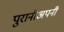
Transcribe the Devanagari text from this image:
पुरानीअपनी